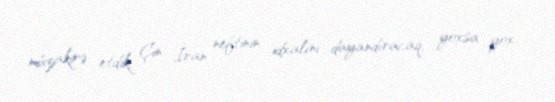
müzakirə etdik, Çin İran neftinin idxalını dayandıracaq, yoxsa yox.